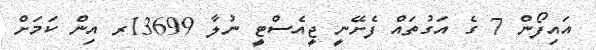
އައިފޯން 7 ގެ އަގުތައް ފެށޭނީ ޖީއެސްޓީ ނުލާ 13699ރ އިން ކަމަށް